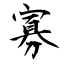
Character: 寡